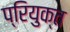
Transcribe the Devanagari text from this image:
प्रियुक्त